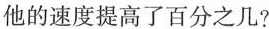
他的速度提高了百分之几?